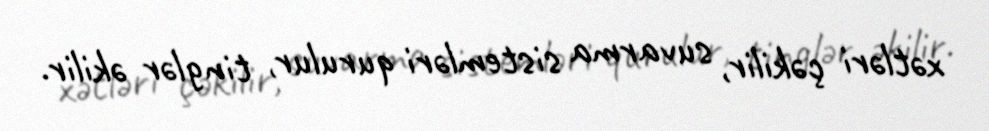
xətləri çəkilir, suvarma sistemləri qurulur, tinglər əkilir.